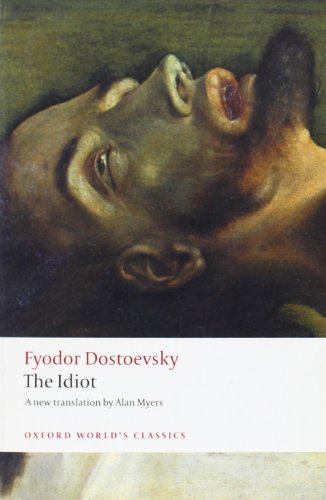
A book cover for The Idiot (Oxford World's Classics); Fyodor Dostoevsky; Literature & Fiction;